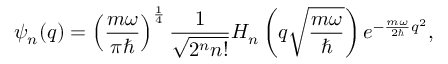
\psi _ { n } ( q ) = \left( \frac { m \omega } { \pi \hbar } \right) ^ { \frac { 1 } { 4 } } \frac { 1 } { \sqrt { 2 ^ { n } n ! } } H _ { n } \left( q \sqrt { \frac { m \omega } { \hbar } } \right) e ^ { - \frac { m \omega } { 2 \hbar } q ^ { 2 } } ,